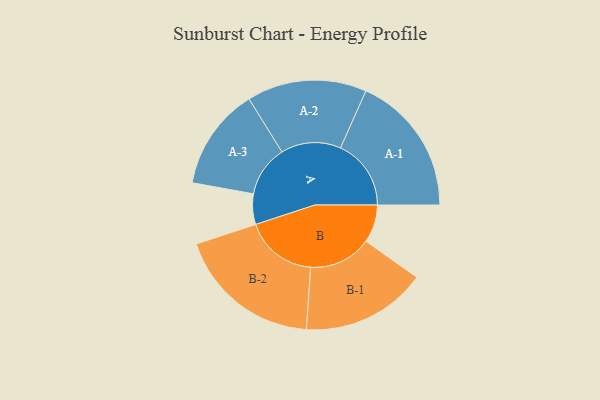
{"axis": {"x": "Segment", "y": "Value"}, "legend": ["", "A", "B"], "data": [{"x": "A", "y": 119, "type": ""}, {"x": "B", "y": 148, "type": ""}, {"x": "A-1", "y": 276, "type": "A"}, {"x": "A-2", "y": 234, "type": "A"}, {"x": "A-3", "y": 200, "type": "A"}, {"x": "B-1", "y": 245, "type": "B"}, {"x": "B-2", "y": 284, "type": "B"}]}